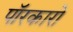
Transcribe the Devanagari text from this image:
पॉरकारो